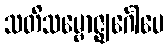
သတိသမ္ဗောဇ္ဈင်္ဂေါပေ